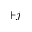
+ j